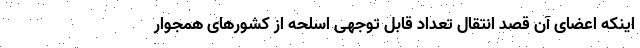
اینکه اعضای آن قصد انتقال تعداد قابل توجهی اسلحه از کشورهای همجوار